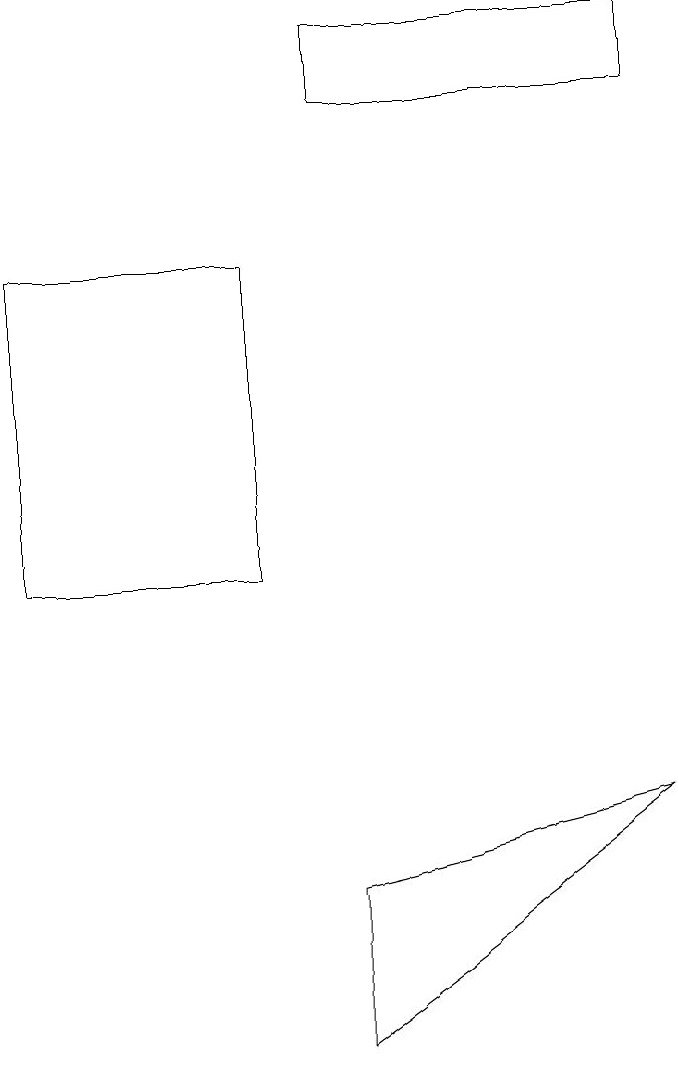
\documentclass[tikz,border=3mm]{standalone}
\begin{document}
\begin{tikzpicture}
\draw (4,18) rectangle (8,17);
\draw (4,7) -- (4,5) -- (8,8) -- cycle;
\draw (3,15) rectangle (0,11);
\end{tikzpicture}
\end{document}